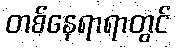
တစ်နေရာရာတွင်